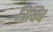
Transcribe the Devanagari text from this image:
त्रिबिंब